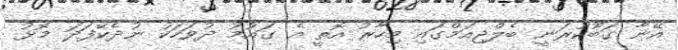
އޭނާ ގަބޫކުރަނީ ބެލްޖިއަމްގައި މިހާރު އޮތީ އެ ގައުމު ދުވަހަކު ނުދެކޭފަދަ މޮޅު